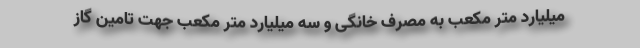
میلیارد متر مکعب به مصرف خانگی و سه میلیارد متر مکعب جهت تامین گاز